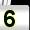
Digit: 5